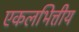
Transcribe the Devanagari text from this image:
एकलभित्तीय